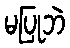
မပြုဘဲ